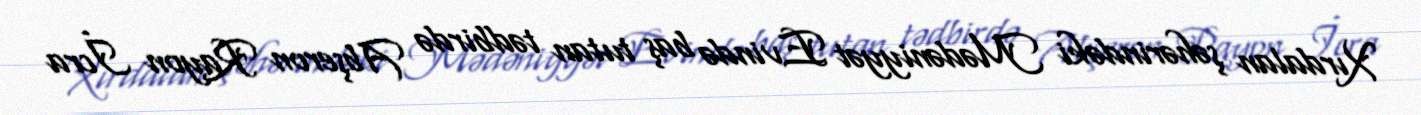
Xırdalan şəhərindəki Mədəniyyət Evində baş tutan tədbirdə Abşeron Rayon İcra